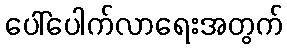
ပေါ်ပေါက်လာရေးအတွက်